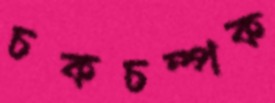
চকচম্পক